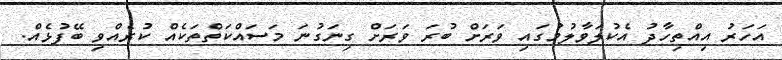
އަހަރު އިއްތިހާދު އެކުލަވާލުމުގައި ވަރަށް ބުރަ ވަރަށް ގިނަގުނަ މަސައްކަތްތަކެއް ކުރެއްވި ބޭފުޅެއް.